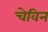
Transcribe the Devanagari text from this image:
चेविन